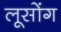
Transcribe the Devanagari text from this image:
लूसोंग